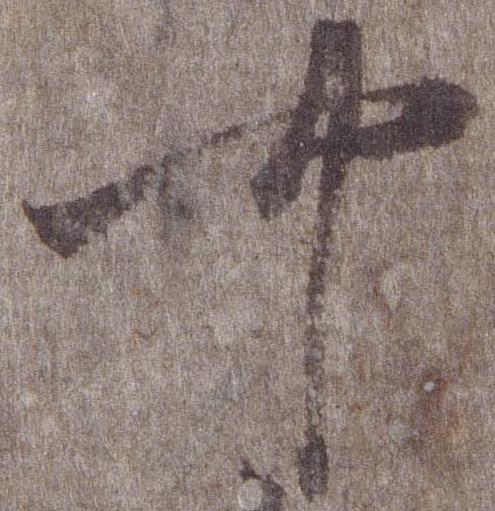
可